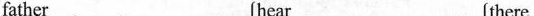
fat\underline{h}er h\underline{ear} th\underline{ere}